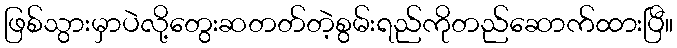
ဖြစ်သွားမှာပဲလို့တွေးဆတတ်တဲ့စွမ်းရည်ကိုတည်ဆောက်ထားပြီ။